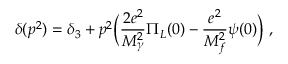
\delta ( p ^ { 2 } ) = \delta _ { 3 } + p ^ { 2 } \biggl ( \frac { 2 e ^ { 2 } } { M _ { \gamma } ^ { 2 } } \Pi _ { L } ( 0 ) - \frac { e ^ { 2 } } { M _ { f } ^ { 2 } } \psi ( 0 ) \biggl ) \ ,